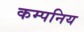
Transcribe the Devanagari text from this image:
कम्पनिय